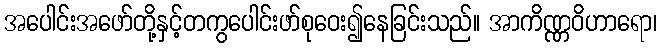
အပေါင်းအဖော်တို့နှင့်တကွပေါင်းဖာ်စုဝေး၍နေခြင်းသည်။ အာကိဏ္ဏဝိဟာရော၊